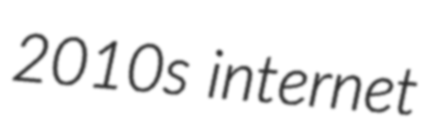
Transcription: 2010s internet